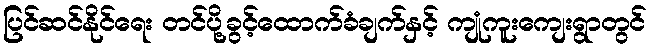
ပြင်ဆင်နိုင်ရေး တင်ပို့ခွင့်ထောက်ခံချက်နှင့် ကျုံကူးကျေးရွာတွင်